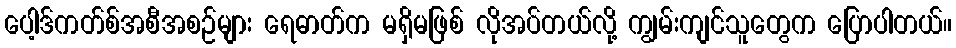
ပေါ့ဒ်ကတ်စ်အစီအစဉ်များ ရေဓာတ်က မရှိမဖြစ် လိုအပ်တယ်လို့ ကျွမ်းကျင်သူတွေက ပြောပါတယ်။